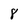
Character: 8